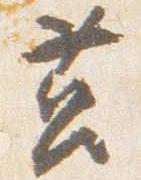
筥